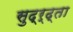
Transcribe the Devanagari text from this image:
सुद्र्ढ्ता